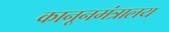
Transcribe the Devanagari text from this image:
कानूनमंत्रालय